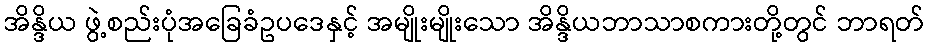
အိန္ဒိယ ဖွဲ့စည်းပုံအခြေခံဥပဒေနှင့် အမျိုးမျိုးသော အိန္ဒိယဘာသာစကားတို့တွင် ဘာရတ်